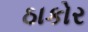
ઠાકોર